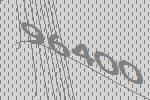
96400